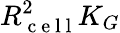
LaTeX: R_{\mathrm{~c~e~l~l~}}^{2}K_{G}